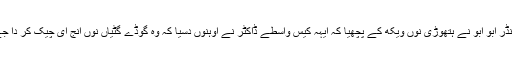
کمانڈر ابو ابو نے ہتھوڑی نوں ویکھ کے پچھیا کہ ایہہ کیس واسطے ڈاکٹر نے اوہنوں دسیا کہ وہ گوڈے گٹیاں نوں انج ای چیک کر دا جے ۔